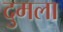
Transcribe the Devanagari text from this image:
दुमला